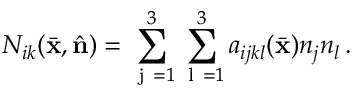
N _ { i k } ( \bar { \bf x } , \hat { \bf n } ) = \sum _ { \mathrm { ~ j ~ } = 1 } ^ { 3 } \sum _ { \mathrm { ~ l ~ } = 1 } ^ { 3 } a _ { i j k l } ( \bar { \bf x } ) n _ { j } n _ { l } \, .